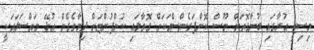
މިސިޓީ އުރާގައި ބުނާގޮތަށް ނޫސް ކޮންފަރެންސްއަކަށް ގޮވާލައި ކުންފުންޏަށް ދިމާވެގެން އުޅޭ މައްސަލައަކީ